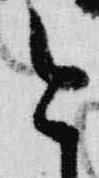
今